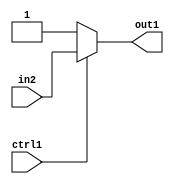
`timescale 1ps / 1ps
/*****************************************************************************
    Verilog RTL Description
    
    
    Created by: Stratus DpOpt 21.05.01 
*******************************************************************************/

module dut_N_Mux_1_2_89_4 (
	in2,
	ctrl1,
	out1
	); /* architecture "behavioural" */ 
input  in2,
	ctrl1;
output  out1;
wire  asc001;

reg [0:0] asc001_tmp_0;
assign asc001 = asc001_tmp_0;
always @ (ctrl1 or in2) begin
	case (ctrl1)
		1'B1 : asc001_tmp_0 = in2 ;
		default : asc001_tmp_0 = 1'B1 ;
	endcase
end

assign out1 = asc001;
endmodule

/* CADENCE  uLH3TgA= : u9/ySxbfrwZIxEzHVQQV8Q== ** DO NOT EDIT THIS LINE ******/